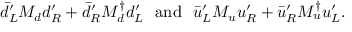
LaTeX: \bar { d } _ { L } ^ { \prime } { \cal M } _ { d } d _ { R } ^ { \prime } + \bar { d } _ { R } ^ { \prime } { \cal M } _ { d } ^ { \dagger } d _ { L } ^ { \prime } \, \, \, \, \mathrm { a n d } \, \, \, \, \bar { u } _ { L } ^ { \prime } { \cal M } _ { u } u _ { R } ^ { \prime } + \bar { u } _ { R } ^ { \prime } { \cal M } _ { u } ^ { \dagger } u _ { L } ^ { \prime } .